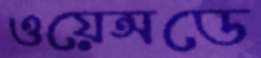
ওয়েন্সডে